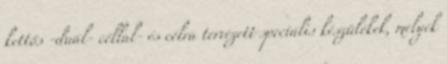
kettős -duál- céllal- és célra tervezett speciális készülékek, melyek